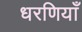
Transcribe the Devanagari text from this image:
धरणियाँ